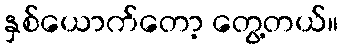
နှစ်ယောက်တော့ တွေ့တယ်။